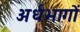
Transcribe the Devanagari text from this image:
अर्धभागों